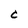
Character: C